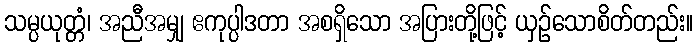
သမ္ပယုတ္တံ၊ အညီအမျှ ဧကုပ္ပါဒတာ အစရှိသော အပြားတို့ဖြင့် ယှဉ်သောစိတ်တည်း။